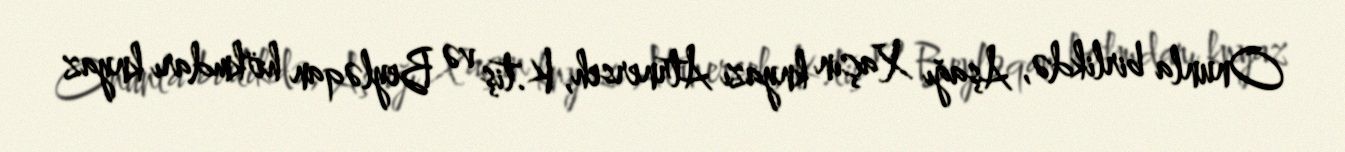
Onunla birlikdə, Aşağı Xaçın knyazı Atrnerseh, K.tiş və Beyləqan hökmdarı knyaz